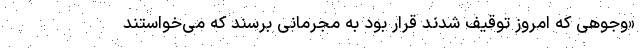
«وجوهی که امروز توقیف شدند قرار بود به مجرمانی برسند که می‌خواستند